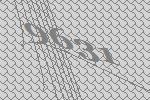
9631